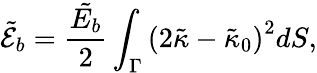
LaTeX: \tilde{\mathcal{E}}_{b}=\frac{\tilde{E_{b}}}{2}\int_{\Gamma}\left(2\tilde{\kappa}-\tilde{\kappa}_{0}\right)^{2}dS,